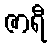
ဇာရီ